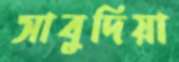
সাবুদিয়া